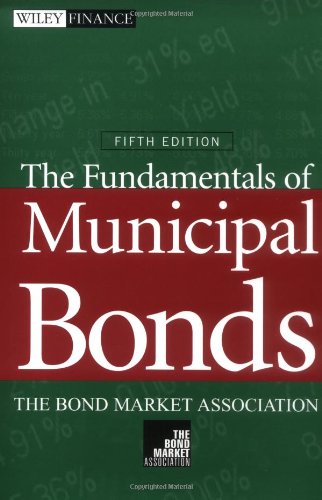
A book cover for The Fundamentals of Municipal Bonds, 5th Edition; The Bond Market Association; Business & Money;